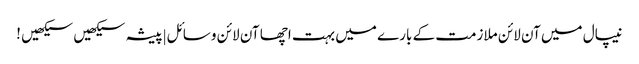
نیپال میں آن لائن ملازمت کے بارے میں بہت اچھا آن لائن وسائل|پیشہ سیکھیں سیکھیں !